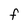
Character: F